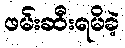
ဖမ်းဆီးရမိခဲ့